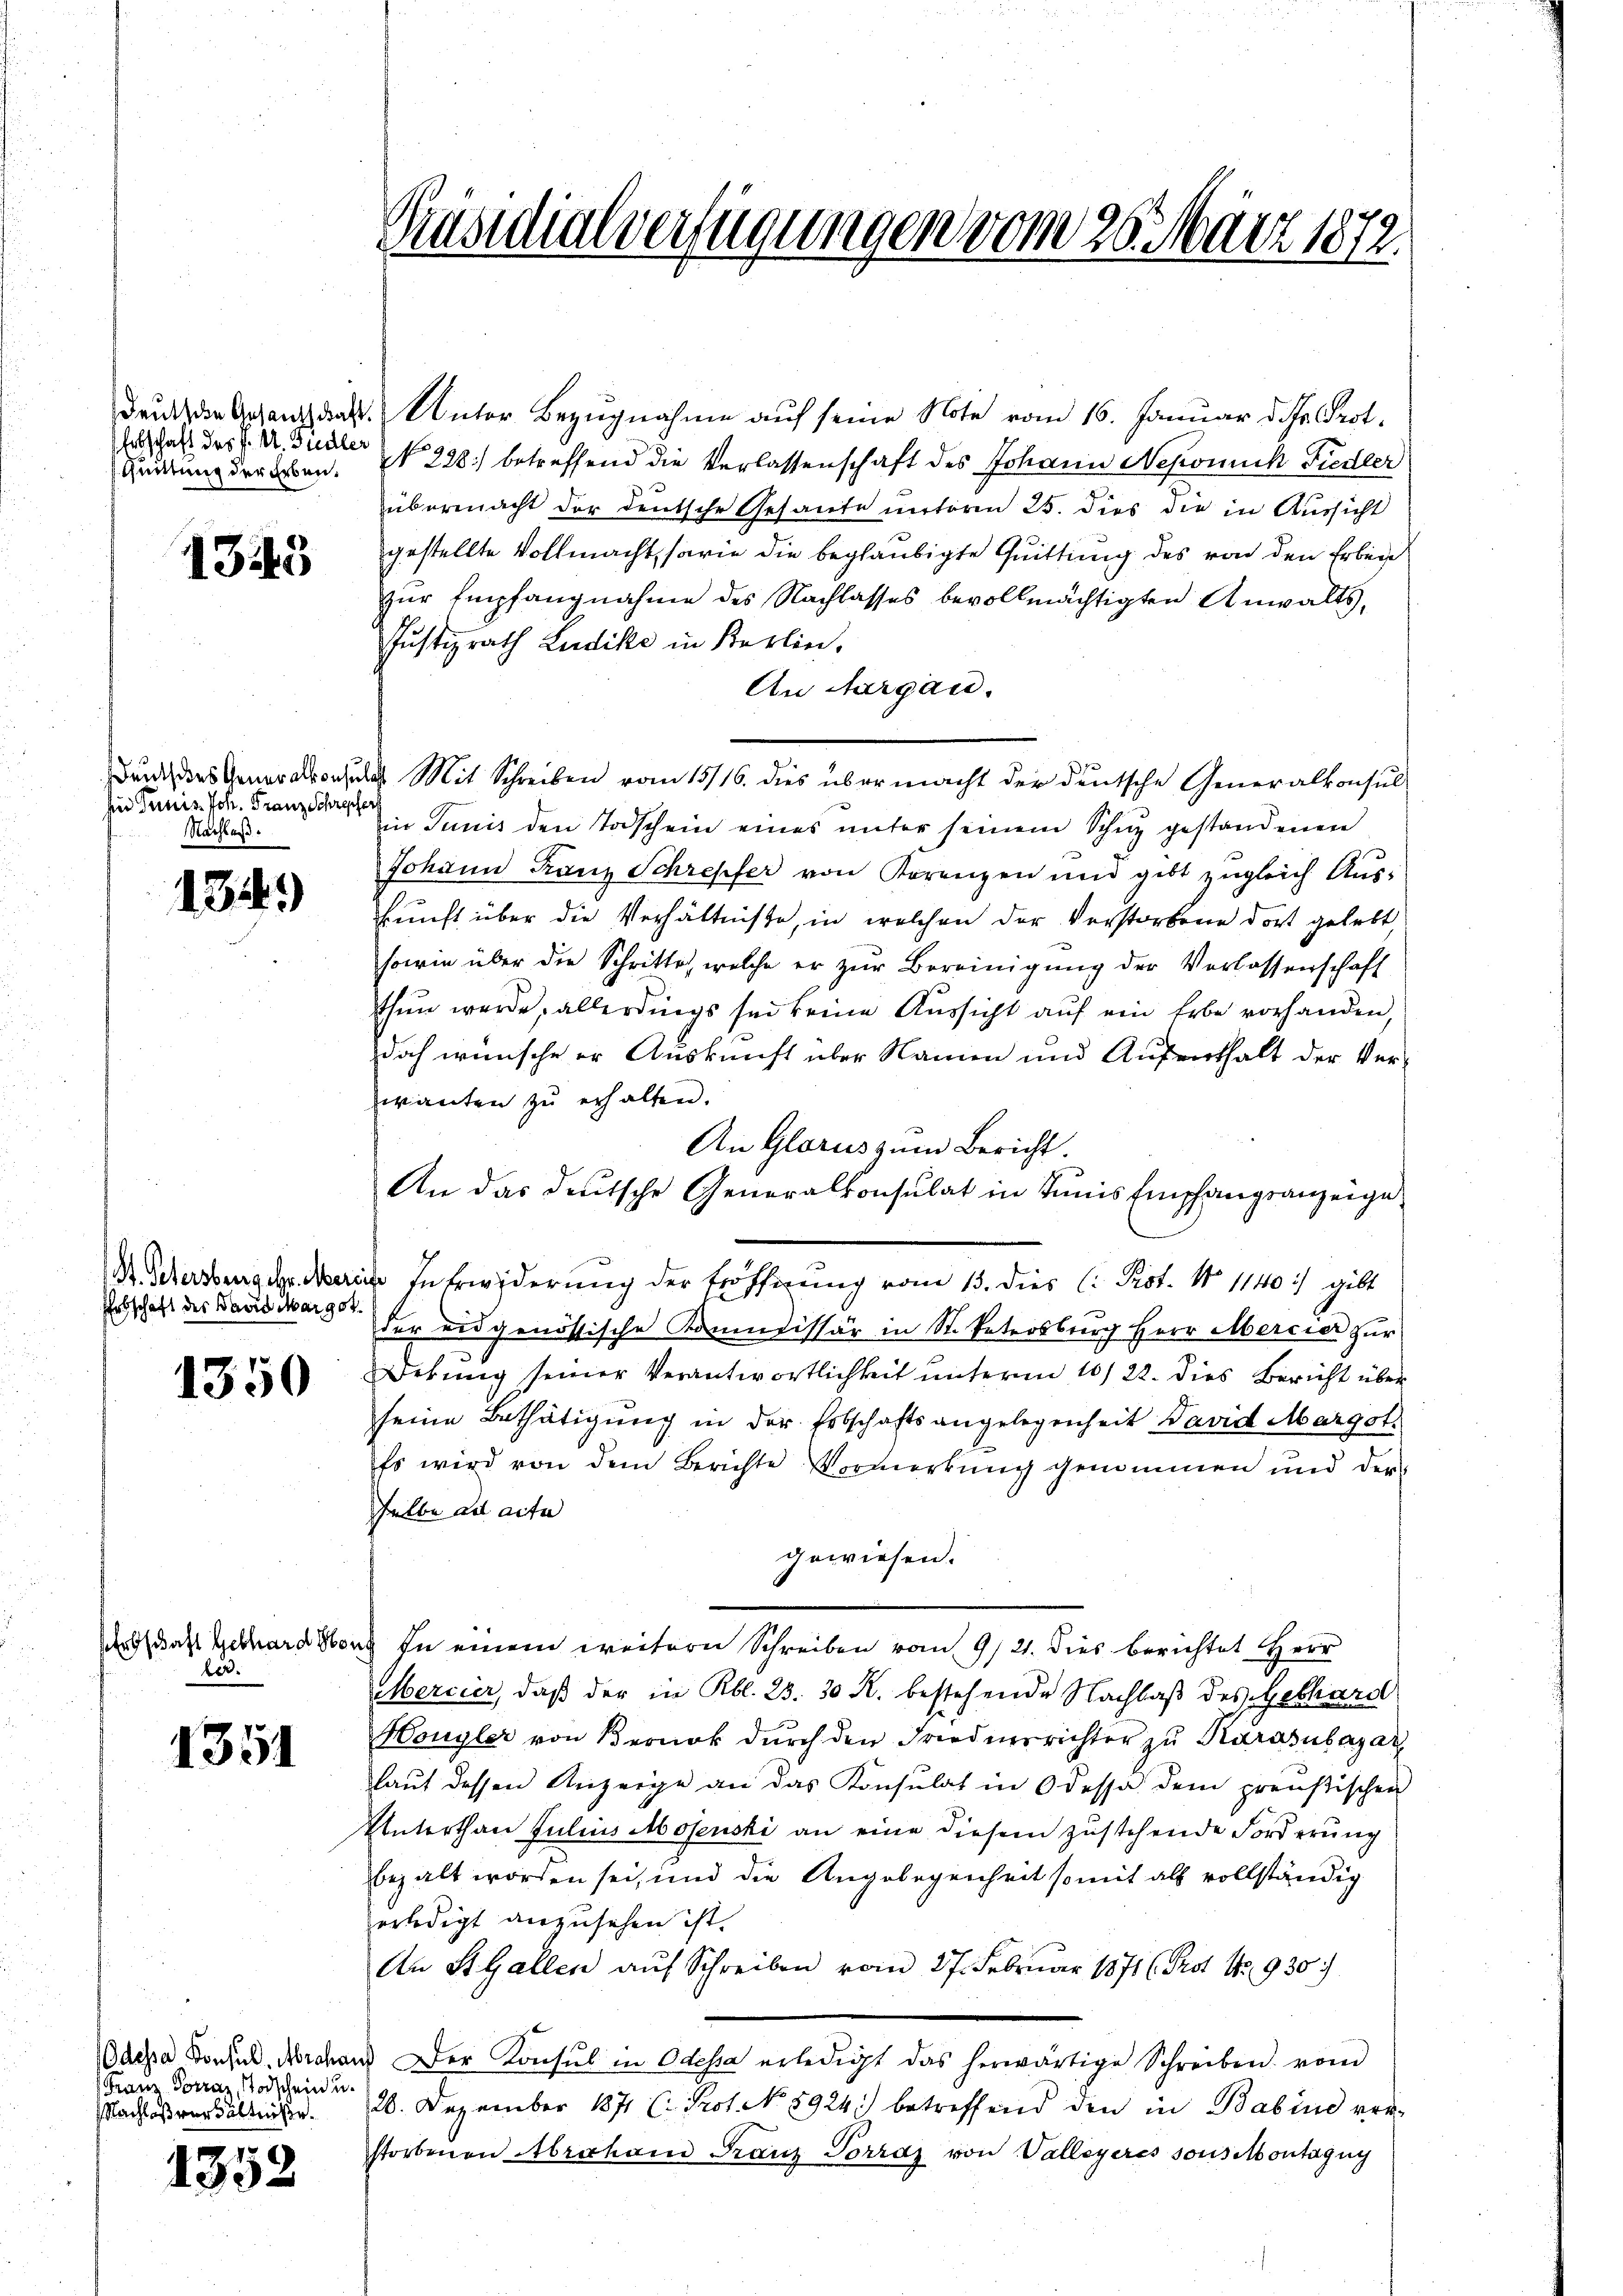
Elebschaft des K. A. Fiedler

1343

hier Tunis. Ich. Franz Schreifer,
Nachlaß.

1344)

Erbschaft des Band Margot.

1350

ber.

1351

Granz Socraz, Todschein u.
Nachlaßverhältniße.

1352

druck die Gesang das Unter Bezugnahme auf seine Note vom 16. Januar d. Js. Prot.
r
Quatung der an. N. 228) betreffend die Verlassenschaft des Johann Nepomuck Fiedler
übermacht der deutsche Gesante unterm 25. dies die in Aussicht
gestellte Vollmacht, sowie die beglaubigte Quittung des von den Erbeite
zur Empfangnahme des Nachlasses bevollmächtigten Anwalts¬
Justizrath Ludike in Berlin.
An Aargau.
Durch des Generalkonsul Mit Schreiben vom 13/16. dies über macht der deutsche Generalkonsul
in Junis den Todschein eines unter seinem Schuz gestandenen
Johann Franz Schrepfer von Korenzen und gibt zugleich Aus-
kunft über die Verhältnisse, in welchen der Verstorbene dort gelebt,
sowie über die Schritte, welche er zŭr Bereinigung der Verlassenschaft
thun werde, allerdings sei keine Aussicht auf ein Erbe vorhanden,
doch wünsche er Auskunft über Namen und Aufenthalt der Ver-
wianten zŭ erhalten.
An Glarus zum Bericht.
An das deutsche Generalkonsulat in Tunis Empfangsanzeige
der eidgenössische Kommissär in St. Petersburg Herr Mercier zur
Debung seiner Verantwortlichkeit unterm 10/22. dies Bericht über
seine Bethätigung in der Erbschaftsangelegenheit David Margot
Es wird von dem Berichte Vormerkung genommen und der
selbe ad acte
gewiesen.
ardas Gebhard von in einem weitern Schreiben vom 9/21. dies berichtet Herr
Mercier, daß der in Rbl. 23. 30 R. bestehende Nachlaß des Gebhard
Hongler von Berück dŭrch den Friederrichter zu Karasubazar
laut dessen Anzeige an das Konsulat in Odessa dem preußischen
Unterthan Julius Mosenski an eine diesem zustehende Forderung
bezalt worden sei, und die Angelegenheit somit als vollständig
erledigt anzusehen ist.
An St. Gallen aŭf Schreiben vom 27. Februar 1871 (Prot. No. 930)
Sache Konsul Marchanz Der Konsul in Odessa erledigt das herwärtige Schreiben vom
20. Dezember 1871 C. Prof. No 8924.) betreffend den in Babind ver-
storbenen Abrahand Franz Vorraz von Valleyeres sous contagug

Präsidialverfügungen vom 26. März 1872.

Dr. Petersburg der Marie In Erwiderung der Eröffnung vom 15. dies C. Prot. No 1140:) gibt